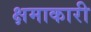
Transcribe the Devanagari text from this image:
क्षमाकारी